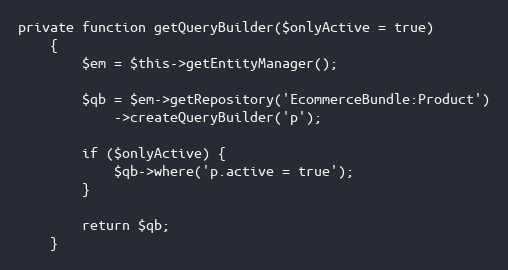
Language: PHP
private function getQueryBuilder($onlyActive = true)
    {
        $em = $this->getEntityManager();

        $qb = $em->getRepository('EcommerceBundle:Product')
            ->createQueryBuilder('p');

        if ($onlyActive) {
            $qb->where('p.active = true');
        }

        return $qb;
    }